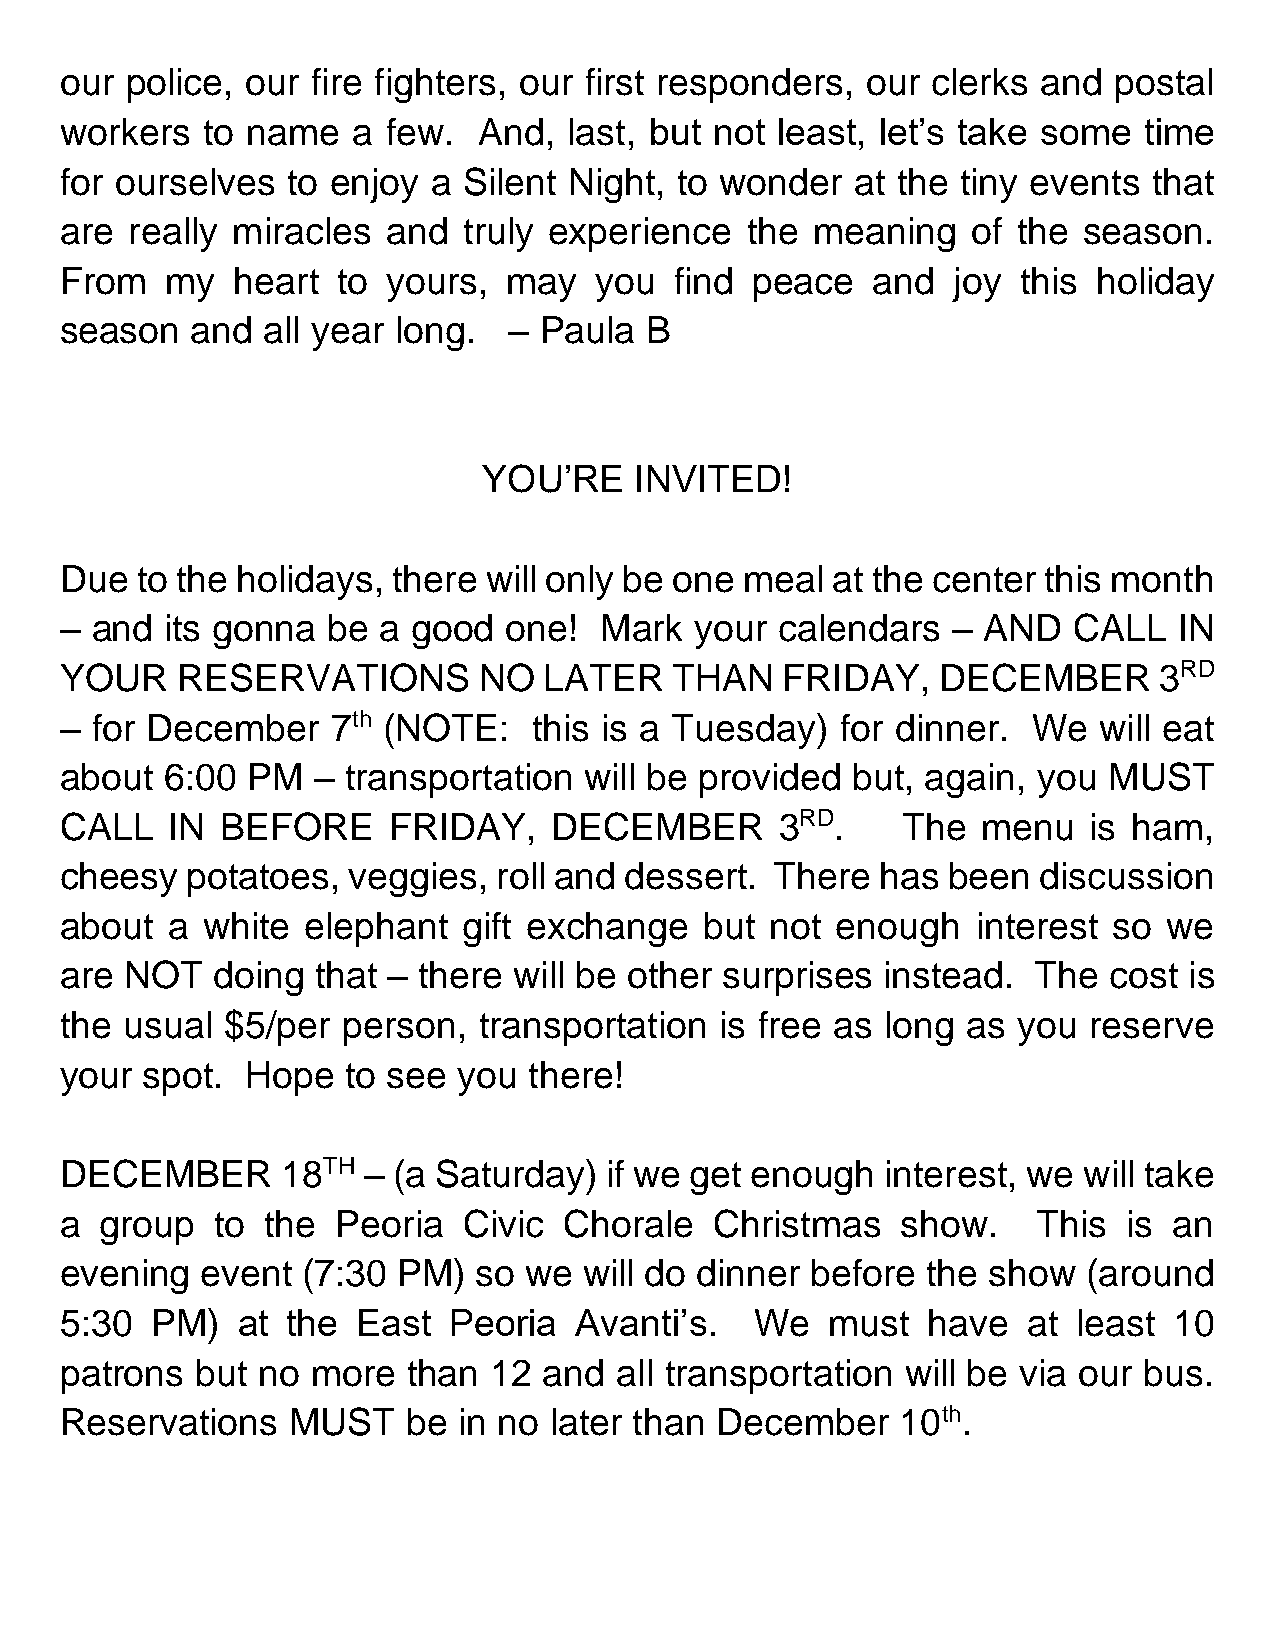
our police, our  fire fighters, our first responders, our clerks and  postal
 workers  to name   a  few.  And,  last, but not least, let’s take some  time
 for ourselves  to enjoy  a Silent Night, to wonder   at the tiny events that
 are  really miracles  and  truly experience  the  meaning   of the  season.
 From   my  heart  to  yours,  may  you   find peace   and  joy  this holiday
 season   and all year long.   – Paula  B
 YOU’RE    INVITED!
 Due  to the holidays, there will only be one meal  at the center this month
 – and  its gonna  be a good  one!   Mark  your  calendars  – AND   CALL   IN
 YOUR    RESERVATIONS        NO  LATER   THAN    FRIDAY,   DECEMBER       3RD
 – for December    7th (NOTE:   this is a Tuesday)   for dinner. We   will eat
 about  6:00 PM   – transportation  will be provided but, again,  you MUST
 CALL   IN  BEFORE     FRIDAY,   DECEMBER        3RD.    The  menu   is ham,
 cheesy  potatoes,  veggies,  roll and dessert. There  has  been  discussion
 about  a white  elephant   gift exchange   but not enough    interest so we
 are NOT   doing  that – there will be other surprises  instead.  The cost  is
 the usual  $5/per  person,  transportation  is free as long as you  reserve
 your spot.  Hope   to see you  there!
 DECEMBER       18TH – (a Saturday)  if we get enough   interest, we will take
 a  group  to  the Peoria   Civic Chorale   Christmas    show.    This  is an
 evening  event  (7:30 PM)   so we  will do dinner before the show   (around
 5:30  PM)   at the  East  Peoria  Avanti’s.   We   must  have   at least  10
 patrons  but no  more  than 12  and  all transportation will be via our bus.
 Reservations   MUST    be in no later than December     10th.